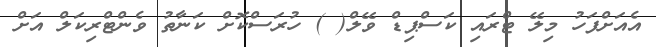
އެއަށްފަހު މިލޭ ޓްރައި ކަސްޕިޑް ވޭލް( ) ހުރަސްކޮށް ކަނާތު ވެންޓްރިކަލް އަށް